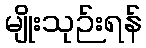
မျိုးသုဉ်းရန်